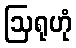
ဩရုဟုံ